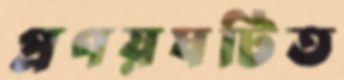
প্রণয়ঘটিত